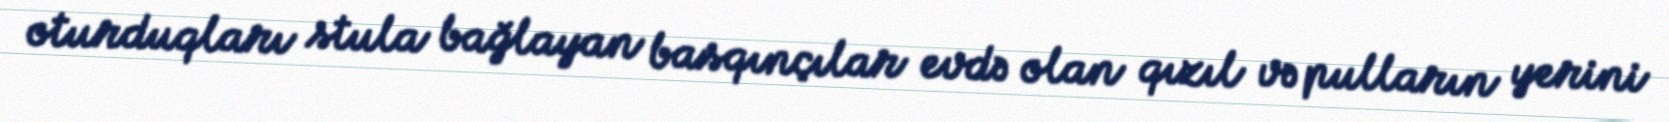
oturduqları stula bağlayan basqınçılar evdə olan qızıl və pulların yerini